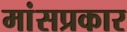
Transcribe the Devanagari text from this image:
मांसप्रकार